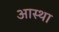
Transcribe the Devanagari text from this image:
अास्था